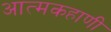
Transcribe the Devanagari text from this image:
आत्मकहाणी